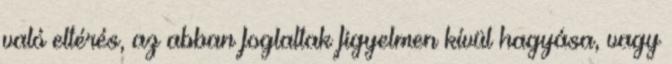
való eltérés, az abban foglaltak figyelmen kívül hagyása, vagy